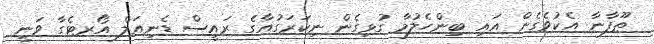
ޠޫފާނާ އެކުވެގެން އައި ބިންހެލުމާ ގުޅިގެން ނިކަރަގުއާގެ ރައީސް ޑެނިއަލް އޯރޓެގާ ވަނީ